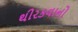
થીરકવાનો